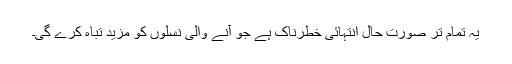
یہ تمام تر صورت حال انتہائی خطرناک ہے جو آنے والی نسلوں کو مزید تباہ کرے گی۔